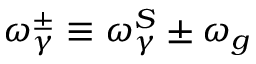
\omega _ { \gamma } ^ { \pm } \equiv \omega _ { \gamma } ^ { S } \pm \omega _ { g }